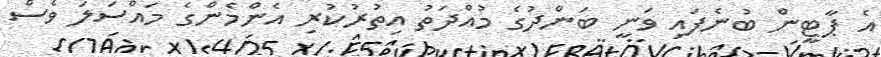
އެ ޕާޓީން ބުނެފައި ވަނީ ބަންދުގެ މުއްދަތު އިތުރުކުރި އެންމެންގެ މައްސަލަ ވެސް